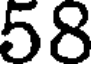
58